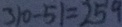
3 1 0 - 5 1 = 2 5 9